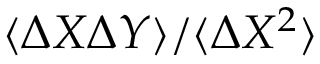
\langle { \mit \Delta } X { \mit \Delta } Y \rangle / \langle { \mit \Delta } X ^ { 2 } \rangle